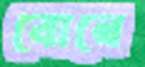
বোনে